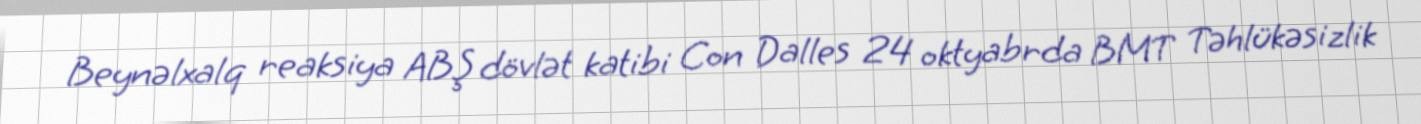
Beynəlxalq reaksiya ABŞ dövlət katibi Con Dalles 24 oktyabrda BMT Təhlükəsizlik